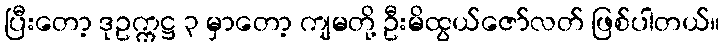
ပြီးတော့ ဒုဥက္ကဋ္ဌ ၃ မှာတော့ ကျမတို့ ဦးမိထွယ်ဇော်လတ် ဖြစ်ပါတယ်။